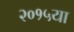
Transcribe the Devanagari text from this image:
२०१५या